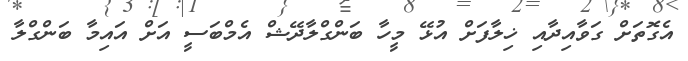
އެގޮތަށް ގަވާއިދާއި ޚިލާފަށް އުޅޭ މީހާ ބަންގްލާދޭޝް އެމްބަސީ އަށް އައިމާ ބަންގްލާ